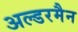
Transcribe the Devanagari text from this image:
अल्डरमैन